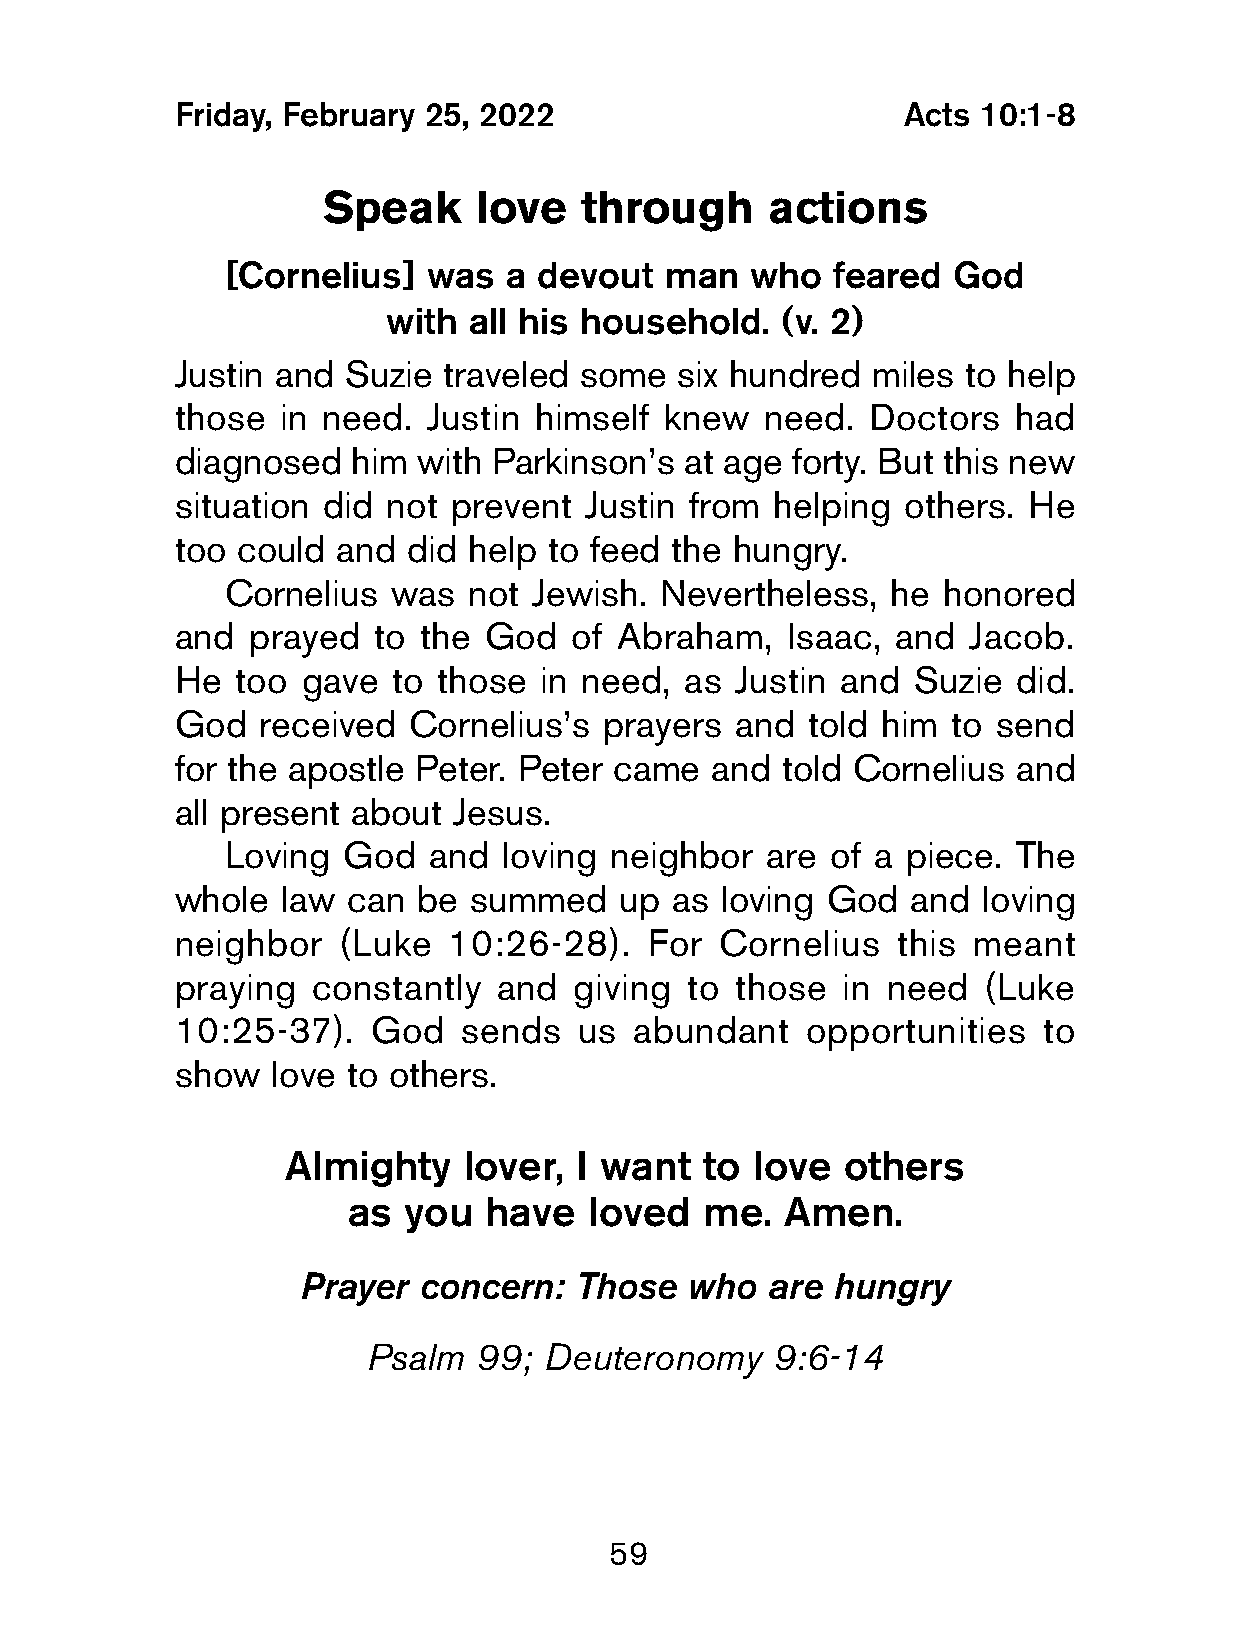
Friday, February 25, 2022                        Acts 10:1-8
 Speak     love   through      actions
 [Cornelius]  was  a devout   man   who  feared  God
 with  all his household.   (v. 2)
 Justin and  Suzie traveled some   six hundred  miles to help
 those  in need.  Justin himself  knew  need.  Doctors   had
 diagnosed   him  with Parkinson’s at age forty. But this new
 situation did  not prevent  Justin from helping  others. He
 too  could and  did help to feed the hungry.
 Cornelius  was  not Jewish.  Nevertheless,  he honored
 and  prayed   to the God   of Abraham,   Isaac, and  Jacob.
 He  too  gave  to those  in need, as  Justin and Suzie  did.
 God   received  Cornelius’s  prayers  and told him  to send
 for the apostle Peter. Peter  came  and  told Cornelius and
 all present about  Jesus.
 Loving  God  and  loving neighbor   are of a piece. The
 whole   law can  be summed    up as  loving God  and  loving
 neighbor   (Luke   10:26-28).   For  Cornelius  this meant
 praying   constantly  and  giving to  those  in need  (Luke
 10:25-37).   God   sends   us  abundant   opportunities   to
 show   love to others.
 Almighty    lover, I want  to  love  others
 as  you  have   loved  me.   Amen.
 Prayer  concern:  Those  who   are hungry
 Psalm   99; Deuteronomy    9:6-14
 59